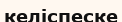
келіспеске